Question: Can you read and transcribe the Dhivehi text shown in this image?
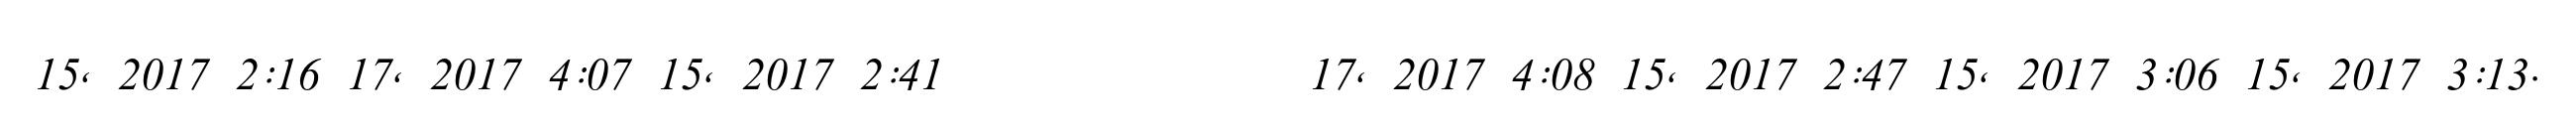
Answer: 15, 2017 2:16 17, 2017 4:07 15, 2017 2:41 ?? ?? ? ???????? 17, 2017 4:08 15, 2017 2:47 15, 2017 3:06 15, 2017 3:13.